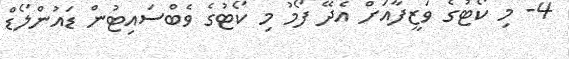
4- މި ކޯޓުގެ ވަޒީފާއަށް އެދޭ ފޯމު މި ކޯޓުގެ ވެބްސައިޓުން ޑައުންލޯޑް